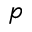
_ p